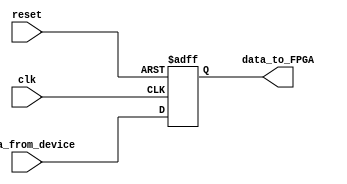
module IO_Buffer (
    input wire clk,
    input wire reset,
    input wire [7:0] data_from_device,
    output reg [7:0] data_to_FPGA
);

reg [7:0] buffer;

always @(posedge clk or posedge reset) begin
    if (reset) begin
        buffer <= 8'b0;
    end else begin
        buffer <= data_from_device;
    end
end

// Data processing and other functionalities go here

assign data_to_FPGA = buffer;

endmodule